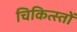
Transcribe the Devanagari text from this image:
चिकित्स्तों